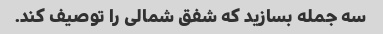
سه جمله بسازید که شفق شمالی را توصیف کند.